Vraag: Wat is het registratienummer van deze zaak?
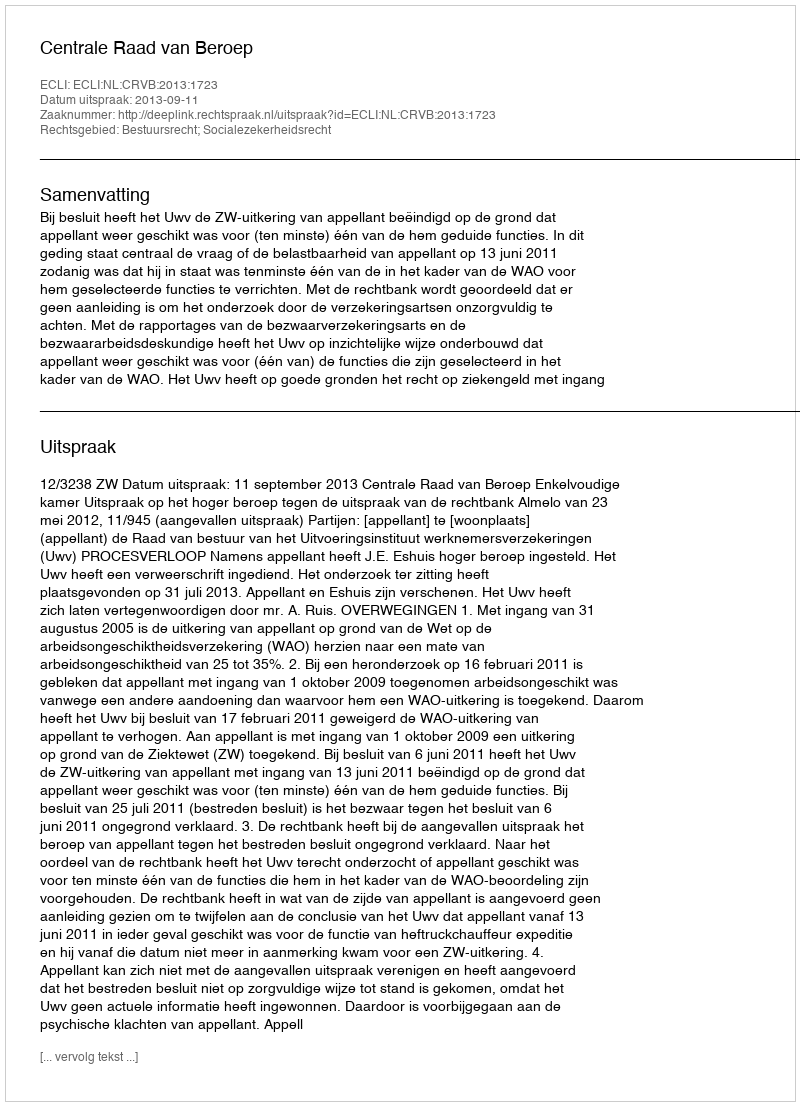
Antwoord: http://deeplink.rechtspraak.nl/uitspraak?id=ECLI:NL:CRVB:2013:1723